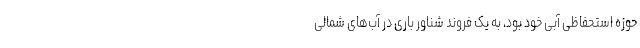
حوزه استحفاظی آبی خود بود، به یک فروند شناور باری در آب‌های شمالی